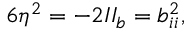
6 \eta ^ { 2 } = - 2 I I _ { b } = b _ { i i } ^ { 2 } ,